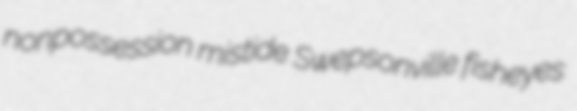
nonpossession mistide Swepsonville fisheyes